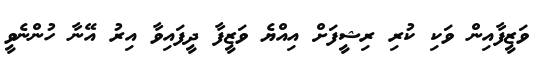
ވަޒީފާއިން ވަކި ކުރި ރިޝީފަށް އިއްޔެ ވަޒީފާ ދީފައިވާ އިރު އޭނާ ހުންނެވީ